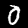
Digit: 0